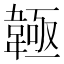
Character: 𩏊